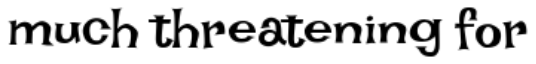
much threatening for